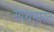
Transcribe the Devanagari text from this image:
साथभारत